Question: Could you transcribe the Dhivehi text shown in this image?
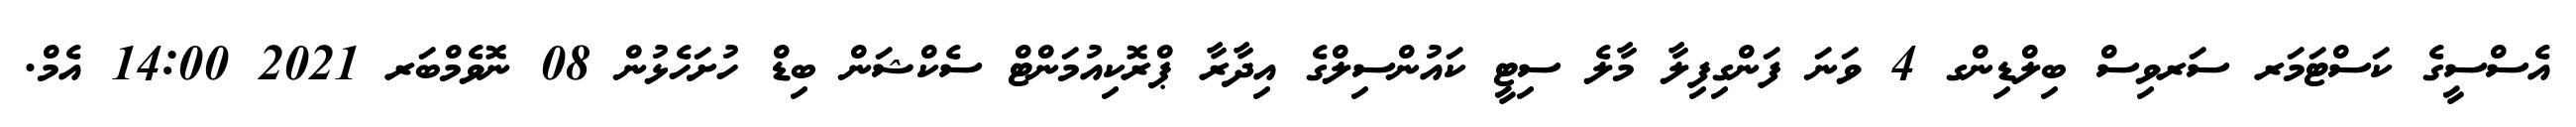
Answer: އެސްސީގެ ކަސްޓަމަރ ސަރވިސް ބިލްޑިންގ 4 ވަނަ ފަންގިފިލާ މާލެ ސިޓީ ކައުންސިލްގެ އިދާރާ ޕްރޮކިއުމަންޓް ސެކްޝަން ބިޑް ހުށަހެޅުން 08 ނޮވެމްބަރ 2021 14:00 އެމް.